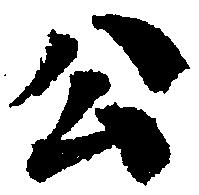
公